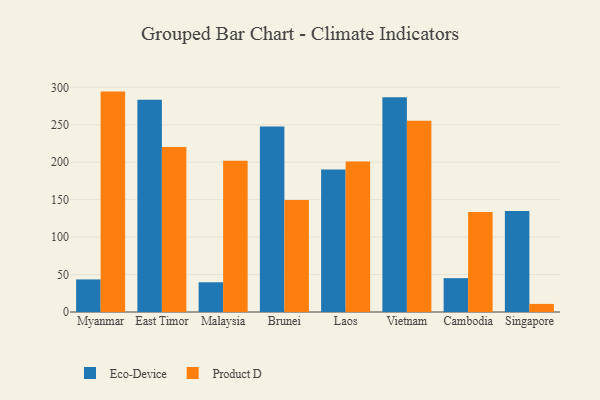
{"axis": {"x": "Country", "y": "LTV (USD)"}, "legend": ["Eco-Device", "Product D"], "data": [{"x": "Myanmar", "y": 43.5, "type": "Eco-Device"}, {"x": "Myanmar", "y": 294.3, "type": "Product D"}, {"x": "East Timor", "y": 283.3, "type": "Eco-Device"}, {"x": "East Timor", "y": 220.3, "type": "Product D"}, {"x": "Malaysia", "y": 39.7, "type": "Eco-Device"}, {"x": "Malaysia", "y": 201.8, "type": "Product D"}, {"x": "Brunei", "y": 247.7, "type": "Eco-Device"}, {"x": "Brunei", "y": 149.7, "type": "Product D"}, {"x": "Laos", "y": 190.3, "type": "Eco-Device"}, {"x": "Laos", "y": 201.0, "type": "Product D"}, {"x": "Vietnam", "y": 286.7, "type": "Eco-Device"}, {"x": "Vietnam", "y": 255.4, "type": "Product D"}, {"x": "Cambodia", "y": 45.2, "type": "Eco-Device"}, {"x": "Cambodia", "y": 133.6, "type": "Product D"}, {"x": "Singapore", "y": 135.0, "type": "Eco-Device"}, {"x": "Singapore", "y": 10.8, "type": "Product D"}]}